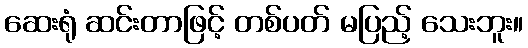
ဆေးရုံ ဆင်းတာဖြင့် တစ်ပတ် မပြည့် သေးဘူး။